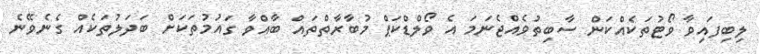
ލިބިފައިވާ ވޯޓުތަކެއްކަން ސާބިތުވެއްޖެނަމަ އެ ވޯލްޑްކަޕް މުބާރާތްތައް ބާއްވާ ގައުމުތަކަށް ބަދަލުތަކެއް ގެނެވޭނެ